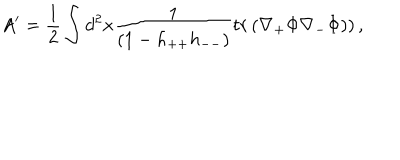
LaTeX: A ^ { \prime } = \frac { 1 } { 2 } \int d ^ { 2 } x \frac { 1 } { ( 1 - h _ { + + } h _ { -- } ) } t r \left( \nabla _ { + } \Phi \nabla _ { - } \Phi ) \right) ,